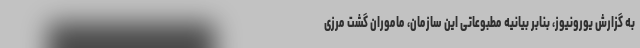
به گزارش یورونیوز، بنابر بیانیه مطبوعاتی این سازمان، ماموران گشت مرزی